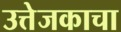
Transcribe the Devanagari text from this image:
उत्तेजकाचा